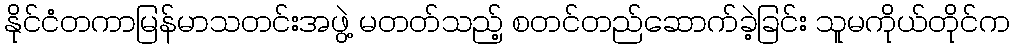
နိုင်ငံတကာမြန်မာသတင်းအဖွဲ့ မတတ်သည့် စတင်တည်ဆောက်ခဲ့ခြင်း သူမကိုယ်တိုင်က